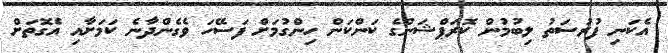
އެކަނި ފުރުސަތު ލިބުމުން ކޮރަޕްޝަންގެ ކަންކަން ހިންގުމަށް ފަސޭހަ ވެގެންދާނެ ކަމަށާއި އެގޮތަށް